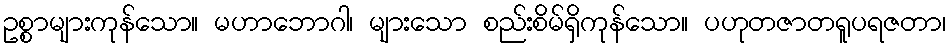
ဥစ္စာများကုန်သော။ မဟာဘောဂါ၊ များသော စည်းစိမ်ရှိကုန်သော။ ပဟုတဇာတရူပရဇတာ၊